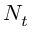
N _ { t }